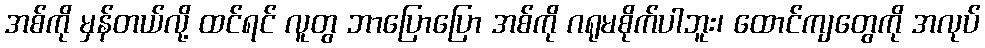
အစ်ကို မှန်တယ်လို့ ထင်ရင် လူတွ ဘာပြောပြော အစ်ကို ဂရုမစိုက်ပါဘူး၊ ထောင်ကျတွေကို အလုပ်